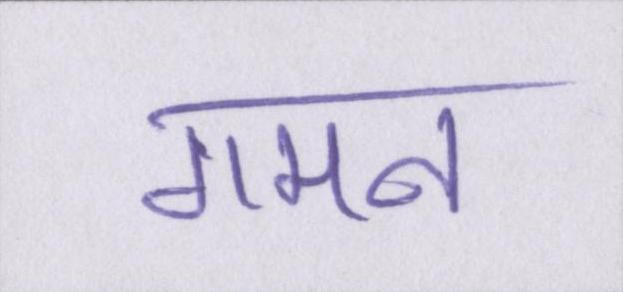
गमन